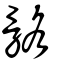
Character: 骼